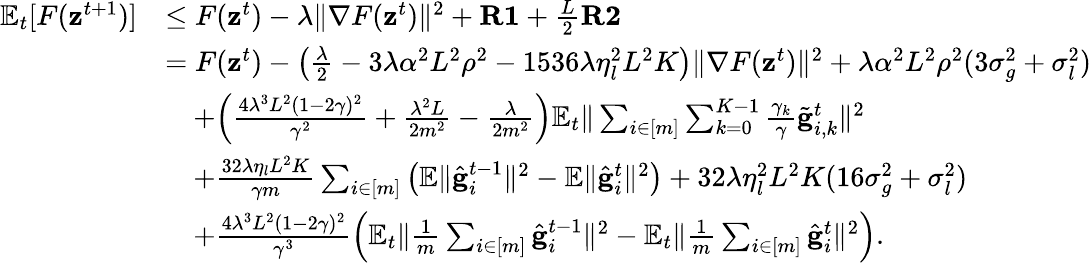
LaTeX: \begin{array}{rl}{\mathbb{E}_{t}[F(\mathbf{z}^{t+1})]}&{\leq F(\mathbf{z}^{t})-\lambda\Vert\nabla F(\mathbf{z}^{t})\Vert^{2}+\mathbf{R1}+\frac{L}{2}\mathbf{R2}}\\ &{=F(\mathbf{z}^{t})-\left(\frac{\lambda}{2}-3\lambda\alpha^{2}L^{2}\rho^{2}-1536\lambda\eta_{l}^{2}L^{2}K\right)\Vert\nabla F(\mathbf{z}^{t})\Vert^{2}+\lambda\alpha^{2}L^{2}\rho^{2}(3\sigma_{g}^{2}+\sigma_{l}^{2})}\\ &{\quad+\Bigl(\frac{4\lambda^{3}L^{2}(1-2\gamma)^{2}}{\gamma^{2}}+\frac{\lambda^{2}L}{2m^{2}}-\frac{\lambda}{2m^{2}}\Bigr)\mathbb{E}_{t}\Vert\sum_{i\in[m]}\sum_{k=0}^{K-1}\frac{\gamma_{k}}{\gamma}\tilde{\mathbf{g}}_{i,k}^{t}\Vert^{2}}\\ &{\quad+\frac{32\lambda\eta_{l}L^{2}K}{\gamma m}\sum_{i\in[m]}\left(\mathbb{E}\Vert\hat{\mathbf{g}}_{i}^{t-1}\Vert^{2}-\mathbb{E}\Vert\hat{\mathbf{g}}_{i}^{t}\Vert^{2}\right)+32\lambda\eta_{l}^{2}L^{2}K(16\sigma_{g}^{2}+\sigma_{l}^{2})}\\ &{\quad+\frac{4\lambda^{3}L^{2}(1-2\gamma)^{2}}{\gamma^{3}}\left(\mathbb{E}_{t}\Vert\frac{1}{m}\sum_{i\in[m]}\hat{\mathbf{g}}_{i}^{t-1}\Vert^{2}-\mathbb{E}_{t}\Vert\frac{1}{m}\sum_{i\in[m]}\hat{\mathbf{g}}_{i}^{t}\Vert^{2}\right).}\end{array}